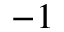
^ { - 1 }